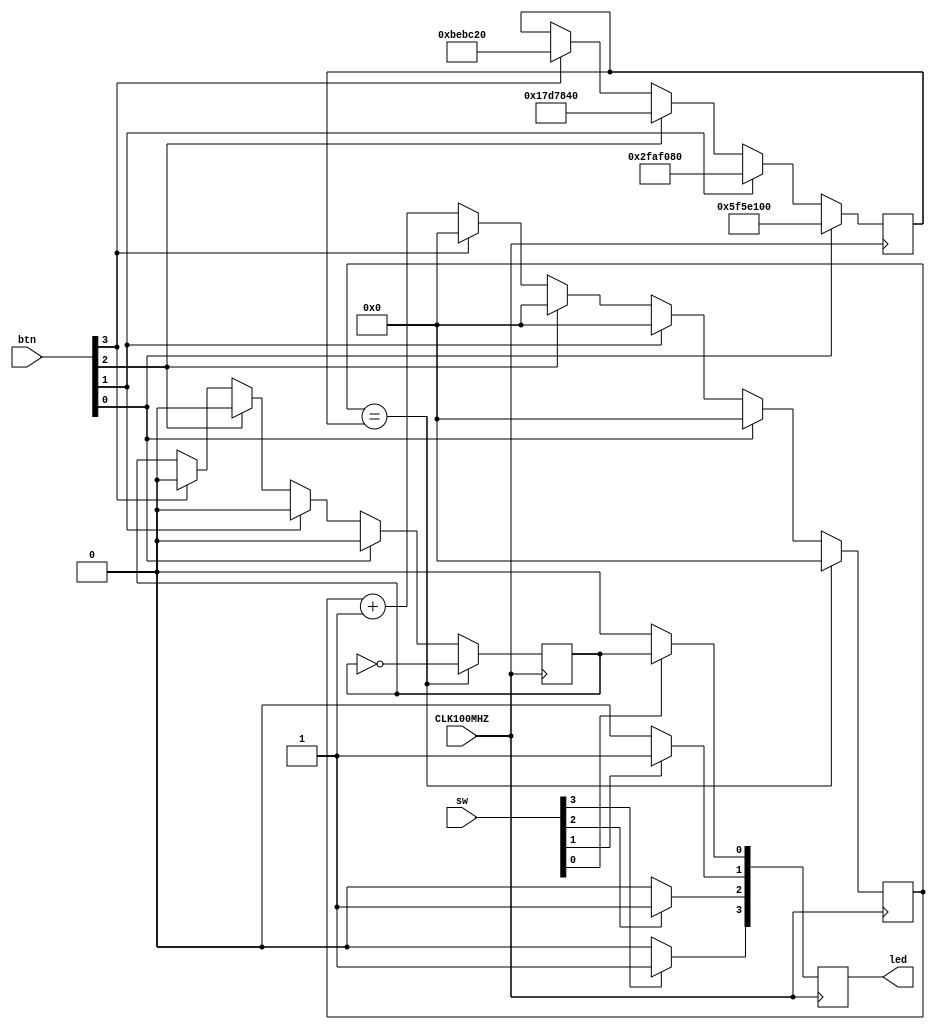
`timescale 1ns / 1ps

module top(
    input CLK100MHZ,
    output reg [3:0] led,
    input [3:0] sw,
    input [3:0] btn
    );
    
    reg [27:0] counter;
    reg [27:0] speed;
    reg on;
    
    always @ (posedge CLK100MHZ)
    begin
        if (btn[0] == 1)
        begin
            counter <= 8'b00000000;
            speed <= 100000000;
            on <= 1'b0;
        end
        else if (btn[1] == 1)
        begin
            counter <= 8'b00000000;
            speed <= 50000000;
            on <= 1'b0;
        end
        else if (btn[2] == 1)
        begin
            counter <= 8'b00000000;
            speed <= 25000000;
            on <= 1'b0;
        end
        else if (btn[3] == 1)
        begin
            counter <= 8'b00000000;
            speed <= 12500000;
            on <= 1'b0;
        end
        else begin
            // increase counter
            counter <= counter + 8'b00000001;
        end
        
        // reset counter
        if (counter == speed)
        begin
            counter <= 8'b0000000;
            on <= !on;
        end
    
        // led/sw 0
        if (sw[0] == 0)
        begin
            led[0] <= 1'b0;
        end
        else
        begin
            led[0] <= on;
        end
        
        // led/sw 1
        if (sw[1] == 0)
        begin
            led[1] <= 1'b0;
        end
        else
        begin
            led[1] <= 1'b1;
        end
        
        // led/sw 2
        if (sw[2] == 0)
        begin
            led[2] <= 1'b0;
        end
        else
        begin
            led[2] <= 1'b1;
        end
        
        // led/sw 3
        if (sw[3] == 0)
        begin
            led[3] <= 1'b0;
        end
        else
        begin
            led[3] <= 1'b1;
        end
    end
endmodule